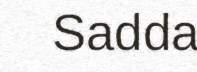
Sadda